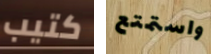
كتيب واستمتع